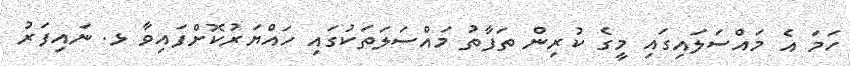
ހަމަ އެ މައްސަލައިގައި މީގެ ކުރިން ތަފާތު މައްސަލަތަކުގައި ހައްޔަރުކޮށްފައިވާ ޅ. ނައިފަރު